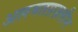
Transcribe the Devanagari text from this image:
अलमतग़ज़लीन